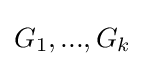
G_{1},...,G_{k}